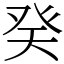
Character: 癸